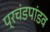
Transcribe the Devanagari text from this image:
प्रचंडपांडव